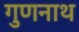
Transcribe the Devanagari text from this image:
गुणनाथ